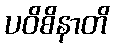
ပဝိစိနာတိ